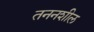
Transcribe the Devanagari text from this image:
तननशील